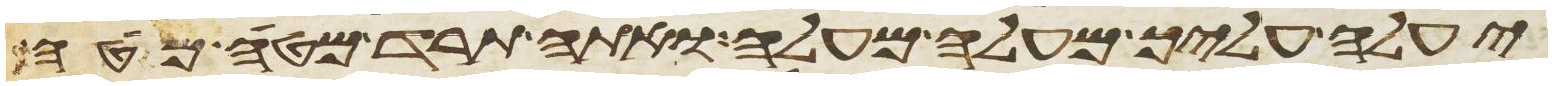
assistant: יעלה עליך מעלה מעלה ואתה תרד מטה מטה